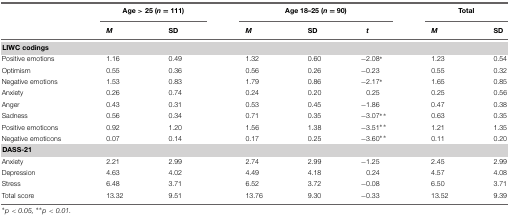
|  | <COLSPAN=2> Age > 25 (n = 111) | <COLSPAN=3> Age 18–25 (n = 90) | <COLSPAN=2> Total |
 |  | M | SD | M | SD | t | M | SD |
 | --- | --- | --- | --- | --- | --- | --- | --- |
 | LIWC codings |
 | Positive emotions | 1.16 | 0.49 | 1.32 | 0.60 | -2.08* | 1.23 | 0.54 |
 | Optimism | 0.55 | 0.36 | 0.56 | 0.26 | -0.23 | 0.55 | 0.32 |
 | Negative emotions | 1.53 | 0.83 | 1.79 | 0.86 | -2.17* | 1.65 | 0.85 |
 | Anxiety | 0.26 | 0.74 | 0.24 | 0.20 | 0.25 | 0.25 | 0.56 |
 | Anger | 0.43 | 0.31 | 0.53 | 0.45 | -1.86 | 0.47 | 0.38 |
 | Sadness | 0.56 | 0.34 | 0.71 | 0.35 | -3.07** | 0.63 | 0.35 |
 | Positive emoticons | 0.92 | 1.20 | 1.56 | 1.38 | -3.51** | 1.21 | 1.35 |
 | Negative emoticons | 0.07 | 0.14 | 0.17 | 0.25 | -3.60** | 0.11 | 0.20 |
 | DASS-21 |
 | Anxiety | 2.21 | 2.99 | 2.74 | 2.99 | -1.25 | 2.45 | 2.99 |
 | Depression | 4.63 | 4.02 | 4.49 | 4.18 | 0.24 | 4.57 | 4.08 |
 | Stress | 6.48 | 3.71 | 6.52 | 3.72 | -0.08 | 6.50 | 3.71 |
 | Total score | 13.32 | 9.51 | 13.76 | 9.30 | -0.33 | 13.52 | 9.39 |